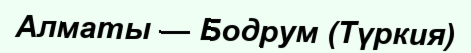
Алматы — Бодрум (Түркия)